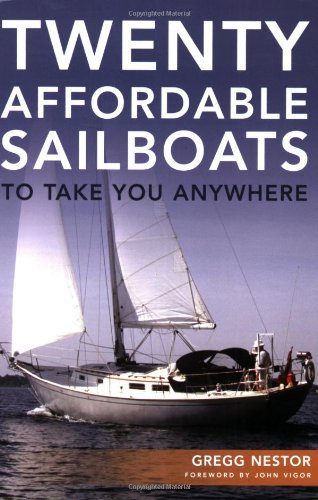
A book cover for Twenty Affordable Sailboats To Take You Anywhere; Gregg Nestor; Reference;